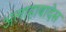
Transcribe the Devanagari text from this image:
अलाहाबादेस